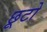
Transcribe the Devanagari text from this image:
छूटो